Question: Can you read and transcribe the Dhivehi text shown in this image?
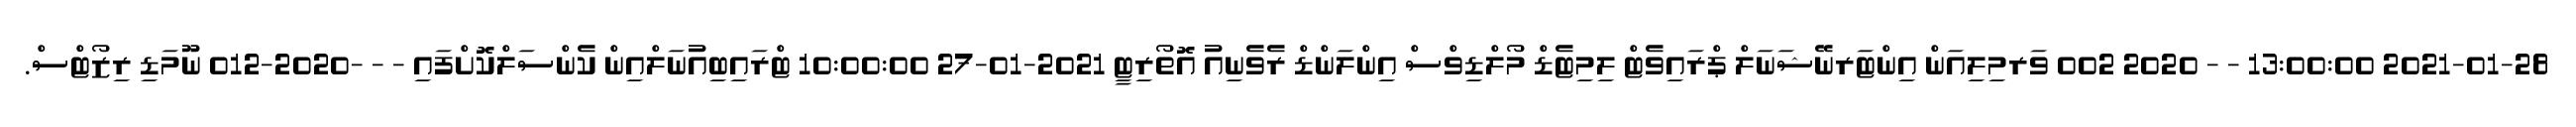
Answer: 2021-01-28 13:00:00 - - 2020 002 ވަރމިލިއަން އިންޓަރނޭޝަނަލް ޕްރައިވެޓް ލިމިޓެޑް މޯލްޑިވްސް އިންލަންޑް ރެވެނިއު އޮތޯރިޓީ 2021-01-27 10:00:00 ޓްރައިބިއުނަލްއިން ކެންސަލްކޮށްފައި - - -2020-012 ނޫމަޑި ރިޒޯޓްސް.